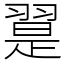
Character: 翨